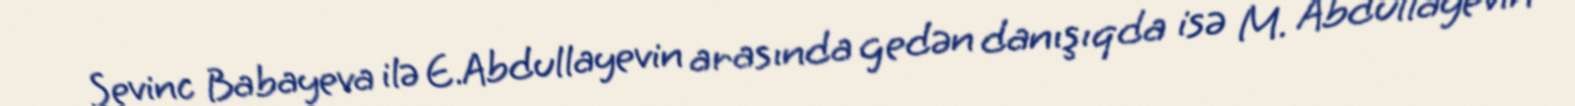
Sevinc Babayeva ilə E.Abdullayevin arasında gedən danışıqda isə M. Abdullayevin